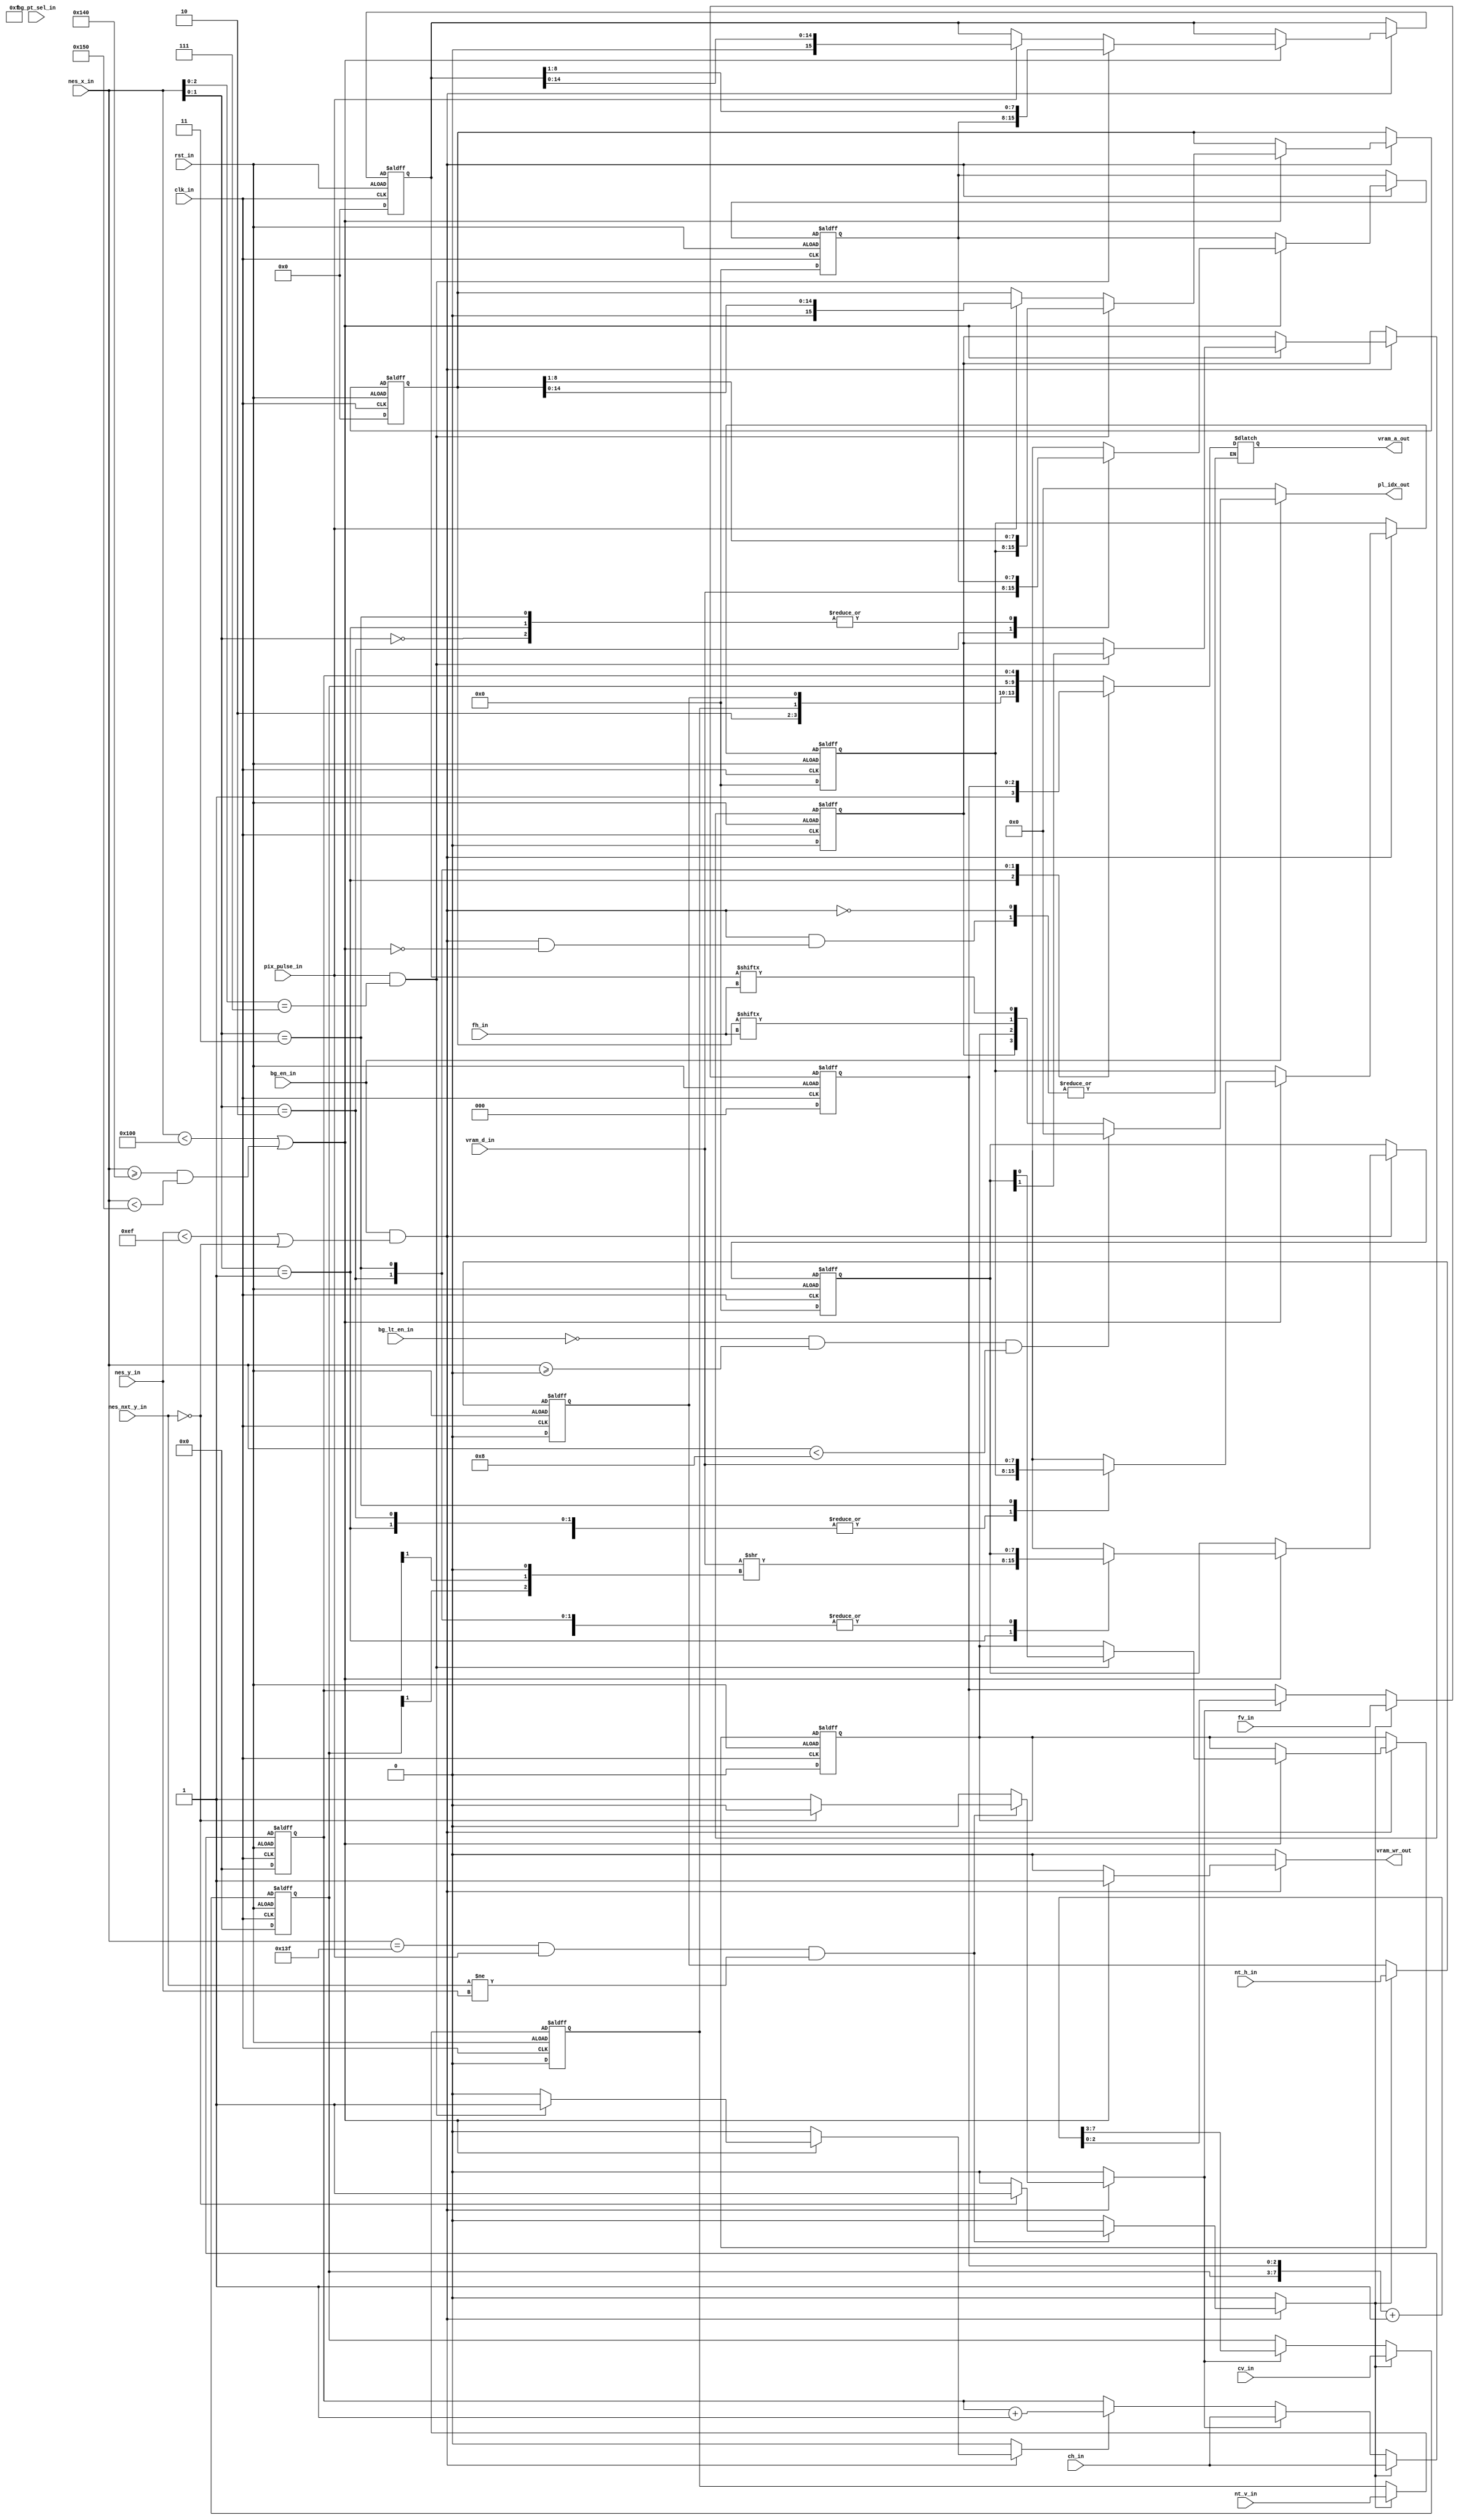

//
// fpga_nes/hs/src/ppu/ppu_bg.v
//

module ppu_bg (
	input	wire		clk_in,			// 100MHz system clock signal
	input	wire		rst_in,			// reset signal
	input	wire		bg_en_in,
	input	wire		bg_lt_en_in,
	input	wire		bg_pt_sel_in,
	input	wire		nt_v_in,
	input	wire		nt_h_in,
	input	wire [ 4:0] cv_in,
	input	wire [ 2:0] fv_in,
	input	wire [ 4:0] ch_in,
	input	wire [ 2:0] fh_in,
	input	wire [ 9:0] nes_x_in,
	input	wire [ 9:0] nes_y_in,
	input	wire [ 9:0] nes_nxt_y_in,
	input	wire		pix_pulse_in,
	input	wire [ 7:0] vram_d_in,
	output	reg  [13:0] vram_a_out,
	output  reg         vram_wr_out,
	output	wire [ 3:0] pl_idx_out
);

reg			q_nt_v,			d_nt_v;
reg			q_nt_h,			d_nt_h;
reg  [ 4:0]	q_cv,			d_cv;
reg	 [ 2:0]	q_fv,			d_fv;
reg	 [ 4:0] q_ch,			d_ch;
reg	 [ 2:0] q_fh,			d_fh;
reg	 [ 7:0] q_tl_idx,		d_tl_idx;
reg	 [15:0]	q_shift16_0,	d_shift16_0;
reg	 [15:0] q_shift16_1,	d_shift16_1;
reg			q_shift8_0,		d_shift8_0;
reg			q_shift8_1,		d_shift8_1;

reg  [ 7:0]	q_nt,			d_nt;
reg	 [ 7:0] q_at,			d_at;
reg  [ 7:0] q_pt0,			d_pt0;
reg	 [ 7:0] q_pt1,  		d_pt1;

always @(posedge clk_in or negedge rst_in)
	begin
		if(rst_in)
			begin
				q_nt_v		<= 1'h0;
				q_nt_h		<= 1'h0;
				q_cv		<= 5'h00;
				q_fv		<= 3'h0;
				q_ch		<= 5'h00;
				q_fh		<= 3'h0;
				q_shift16_0	<= 16'h0000;
				q_shift16_1	<= 16'h0000;
				q_shift8_0	<= 1'h0;
				q_shift8_1	<= 1'h0;
				q_nt		<= 8'h00;
				q_at		<= 8'h00;
				q_pt0		<= 8'h00;
				q_pt1		<= 8'h00;
				// todo
			end
		else
			begin
				q_nt_v		<= d_nt_v;
				q_nt_h		<= d_nt_h;
				q_cv		<= d_cv;
				q_fv		<= d_fv;
				q_ch		<= d_ch;
				q_fh		<= d_fh;
				q_shift16_0	<= d_shift16_0;
				q_shift16_1	<= d_shift16_1;
				q_shift8_0	<= d_shift8_0;
				q_shift8_1	<= d_shift8_1;
				q_nt		<= d_nt;
				q_at		<= d_at;
				q_pt0		<= d_pt0;
				q_pt1		<= d_pt1;
				// todo
			end
	end

reg	 inc_h;
reg	 inc_v;
reg	 upd_frame;

always @*
	begin
		d_nt_v	= q_nt_v;
		d_nt_h	= q_nt_h;
		d_cv	= q_cv;
		d_fv	= q_fv;
		d_ch	= q_ch;
		d_fh	= q_fh;
		// todo
		if(inc_h)
			begin
				d_ch		 = q_ch + 1'h1;
			end
		if(inc_v)
			begin
				{d_cv, d_fv} = {q_cv, q_fv} + 1'h1;
				d_ch		 = ch_in;
				d_fh		 = fh_in;
			end
		if(upd_frame)
			begin
				d_nt_v		 = nt_v_in;
				d_nt_h		 = nt_h_in;
				d_cv		 = cv_in;
				d_fv		 = fv_in;
				d_ch		 = ch_in;
				d_fh		 = fh_in;
			end
	end 

always @*
	begin		
		d_nt		= q_nt;
		d_at		= q_at;
		d_pt0		= q_pt0;
		d_pt1		= q_pt1;
		d_shift16_0 = q_shift16_0;
		d_shift16_1 = q_shift16_1;
		d_shift8_0	= q_shift8_0;
		d_shift8_1	= q_shift8_1;
		
		vram_wr_out = 1'b0;
		inc_v		= 1'b0;
		inc_h		= 1'b0;
		upd_frame	= 1'b0;

		if(bg_en_in && (nes_y_in < 239 || nes_nxt_y_in == 0))
			begin
				if(nes_x_in == 319 && pix_pulse_in && (nes_nxt_y_in != nes_y_in))
					begin
						if(nes_nxt_y_in == 0)
							begin
								upd_frame	= 1'h1;
							end
						else
							begin
								inc_v		= 1'h1;
							end
					end
				if(nes_x_in < 256 || (nes_x_in >= 320 && nes_x_in < 336))
					begin
						if(pix_pulse_in)
							begin
								d_shift16_0 = {1'h0, q_shift16_0[14:0]};
								d_shift16_1 = {1'h0, q_shift16_1[14:0]};
							end	
						if(pix_pulse_in && (nes_x_in[ 2:0] == 3'h7))
							begin
								inc_h		= 1'h1;
								d_shift16_0 = {q_pt0, q_shift16_0[8:1]};
								d_shift16_1 = {q_pt1, q_shift16_1[8:1]};
								d_shift8_0	= q_at[0];
								d_shift8_1	= q_at[1];
							end
						vram_wr_out = 1'h1;
						case(nes_x_in[ 1:0])
							2'h0:
								begin
									vram_a_out	= {2'b10, q_nt_v, q_nt_h, q_cv, q_ch};
									d_nt		= vram_d_in;
								end
							2'h1:
								begin
									vram_a_out	= {2'b10, q_nt_v, q_nt_h, 2'b11, 2'b11, q_cv[ 4:2], q_ch[ 4:2]};
									d_at		= vram_d_in	>> {q_cv[1], q_ch[1], 1'h0};
								end
							2'h2:
								begin
									vram_a_out	= {1'b0, bg_pt_sel_in, q_tl_idx, 1'b0, q_fv};
									d_pt0		= vram_d_in;
								end
							2'h3:
								begin
									vram_a_out	= {1'b0, bg_pt_sel_in, q_tl_idx, 1'b1, q_fv};
									d_pt1		= vram_d_in;
								end
						endcase
					end
			end
		
		
	end

assign	pl_idx_out = (~bg_en_in) ? 4'h0 :
					 ((~bg_lt_en_in) && nes_x_in >= 10'h000 && nes_x_in < 10'h008) ? 4'h0:
						{q_shift8_1, q_shift8_0, q_shift16_1[fh_in], q_shift16_0[fh_in]};


endmodule